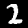
Label: 2